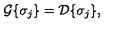
{ \cal G } \{ \sigma _ { j } \} = { \cal D } \{ \sigma _ { j } \} ,